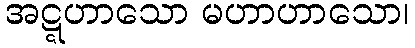
အဋ္ဋဟာသော မဟာဟာသော၊